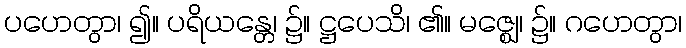
ပဟေတွာ၊ ၍။ ပရိယန္တေ၊ ၌။ ဋ္ဌပေသိ၊ ၏။ မဇ္ဈေ၊ ၌။ ဂဟေတွာ၊